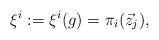
LaTeX: \begin{align*}\xi^i:=\xi^i(g)= \pi_{i}(\vec{z}_j),\end{align*}